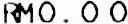
RM0.00